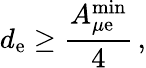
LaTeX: d_{\mathrm{e}}\geq\frac{{A_{\mu\mathrm{e}}^{\mathrm{{min}}}}}{{4}}\, ,